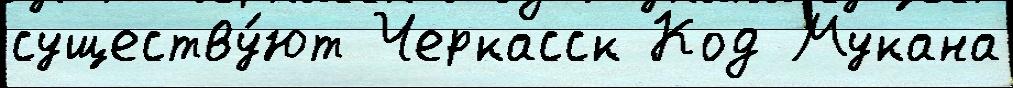
существу́ют Черкасск Код Мукана